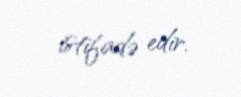
istifadə edir.